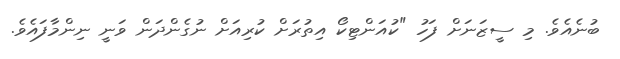
ބުނެއެވެ. މި ސީޒަނަށް ފަހު "ކުއަންޓިކޯ އިތުރަށް ކުރިއަށް ނުގެންދަން ވަނީ ނިންމާފައެވެ.